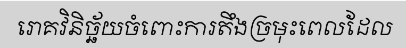
រោគវិនិច្ឆ័យចំពោះការតឹងច្រមុះពេលដែល